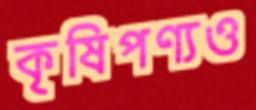
কৃষিপণ্যও